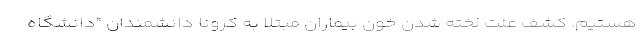
هستیم. کشف علت لخته شدن خون بیماران مبتلا به کرونا دانشمندان "دانشگاه